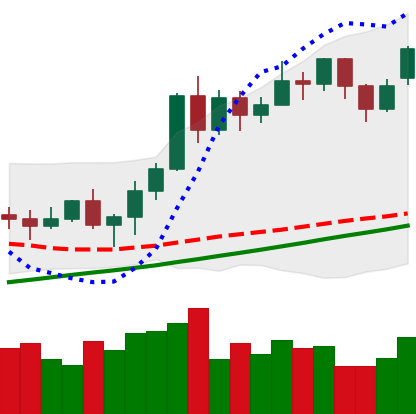
Ticker: ETH-USD
Chart end date: 2020-11-17
Forward return: 16.177%
Label: up_7plus